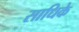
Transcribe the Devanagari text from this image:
साधिके